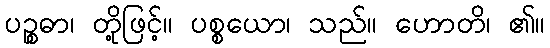
ပဉ္စဓာ၊ တို့ဖြင့်။ ပစ္စယော၊ သည်။ ဟောတိ၊ ၏။